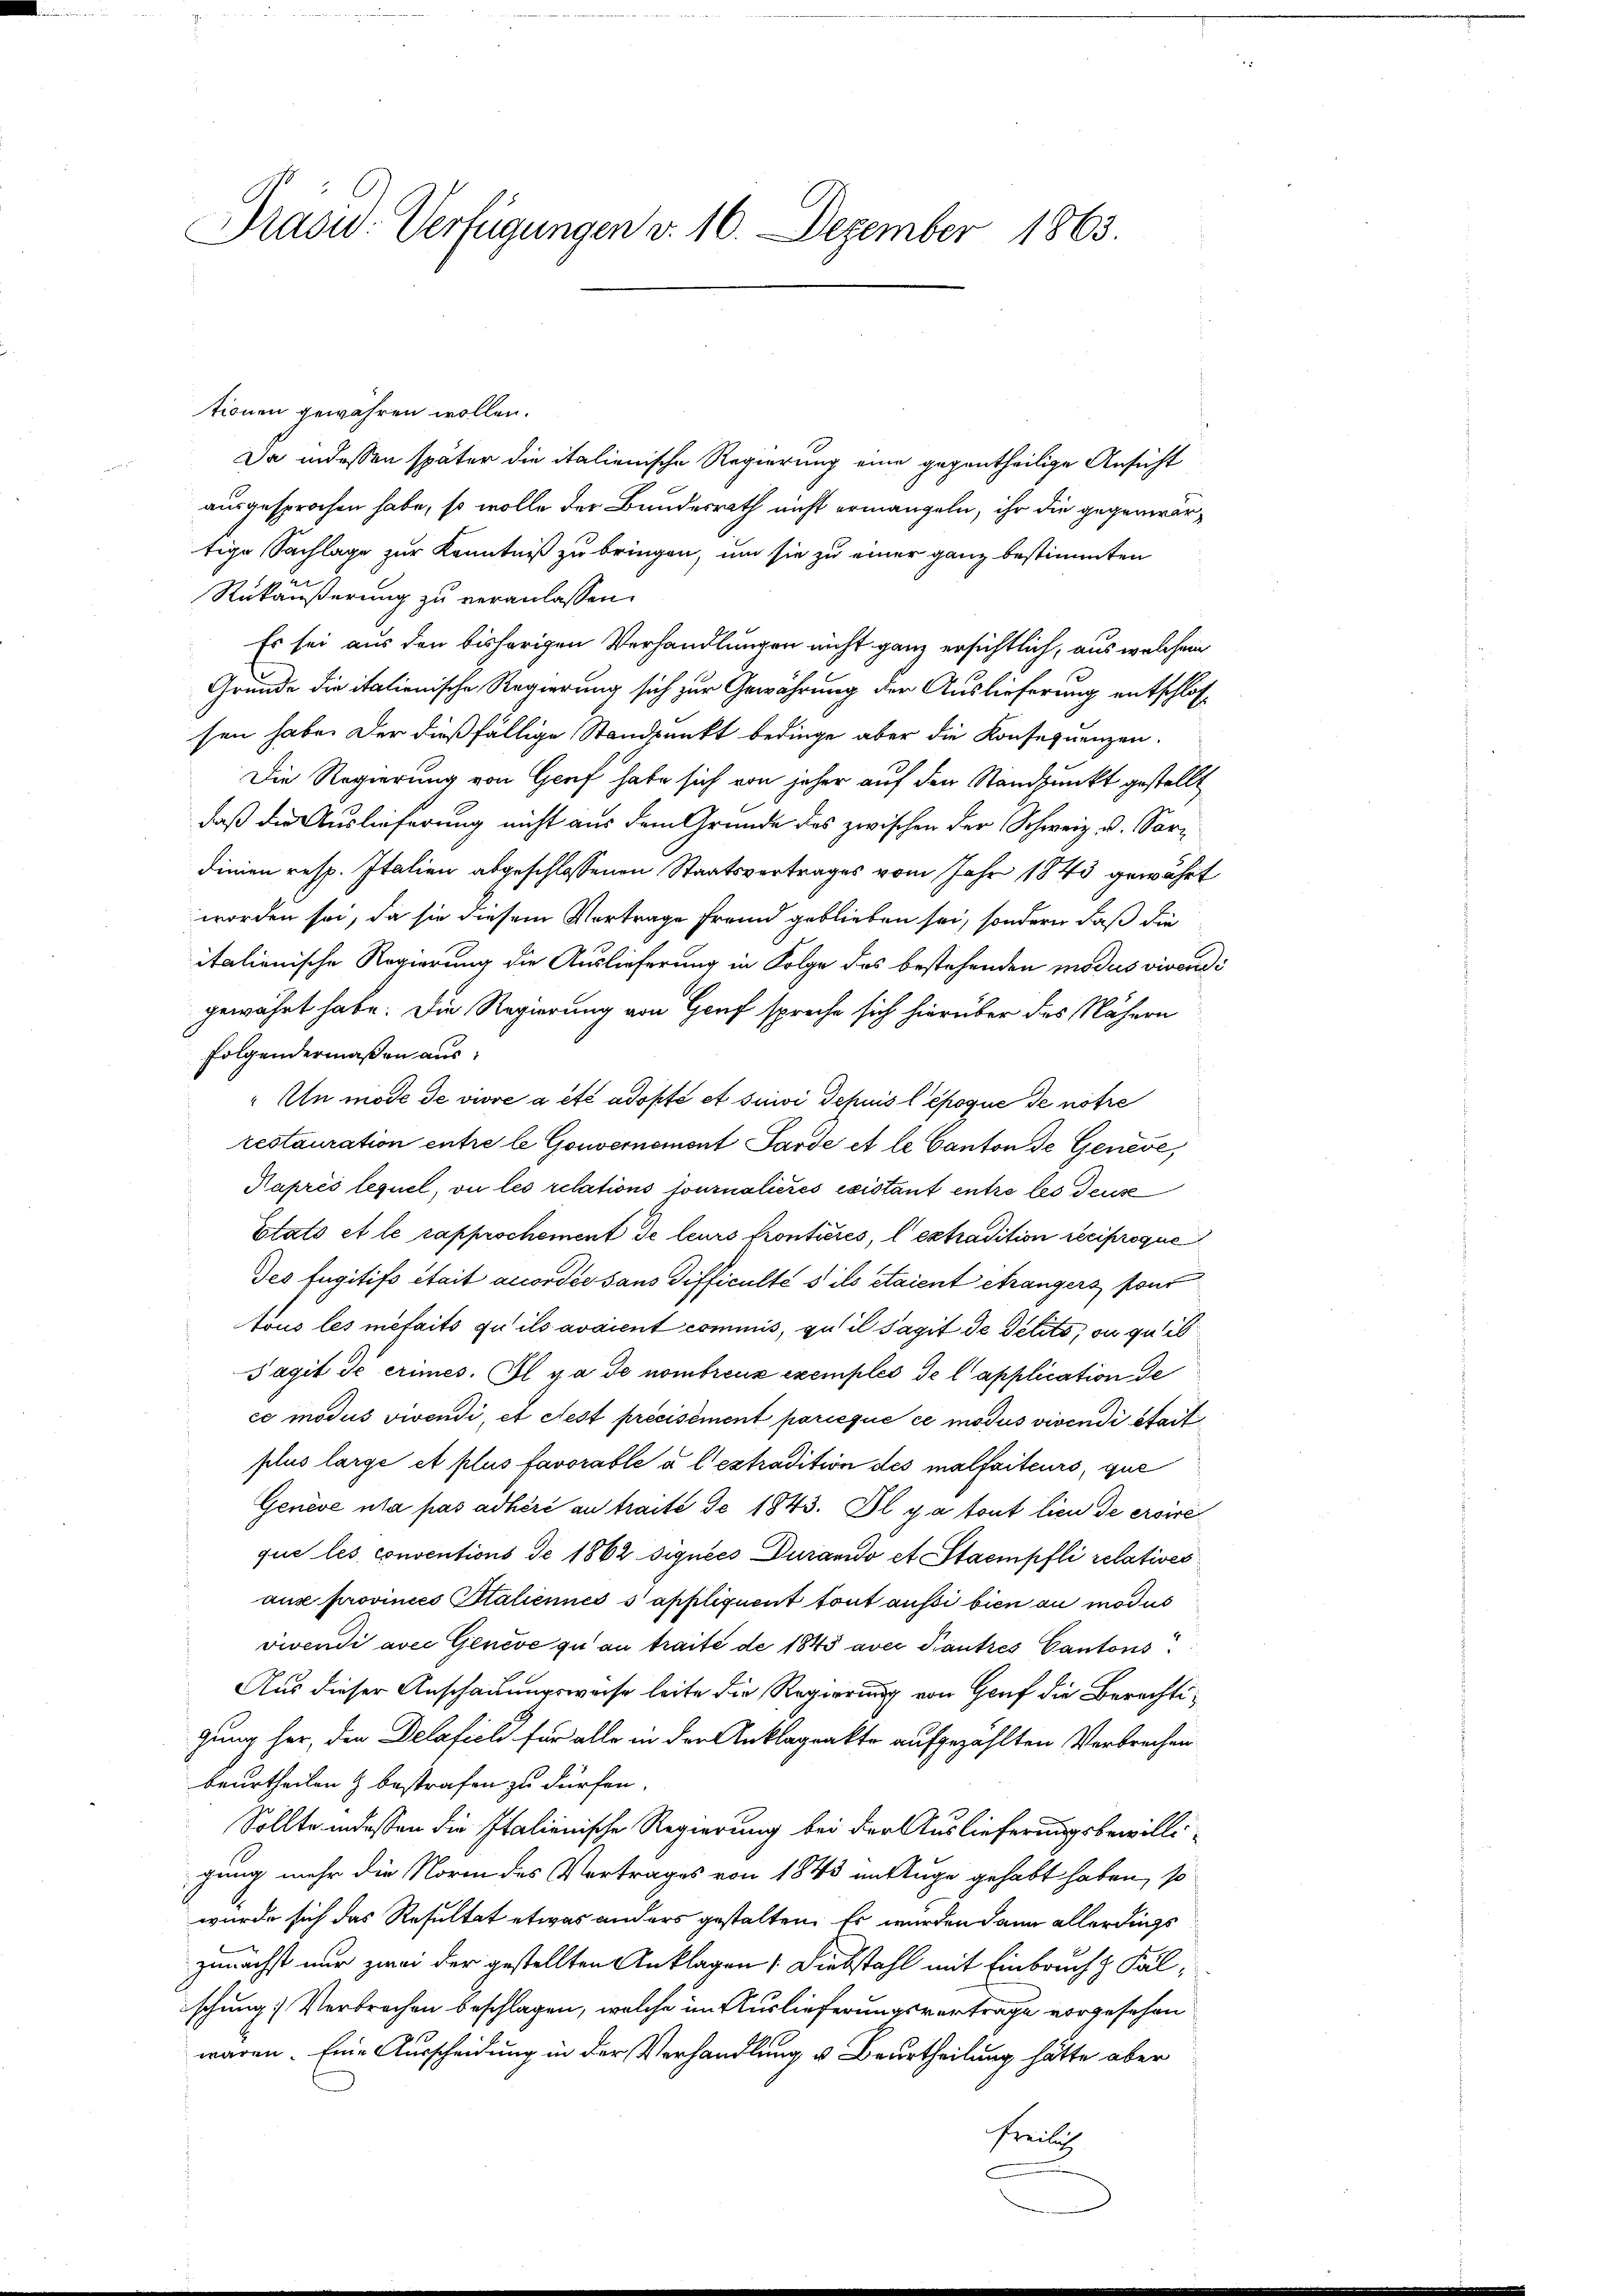
Präsid. Verfügungen v. 16. Dezember 1863.

tionen gewähren wollen.
Da indessen später die italienische Regierung eine gegentheilige Ansicht
ausgesprochen habe, so wolle der Bundesrath nicht ermangeln, ihr die gegenwärtige Sachlage zur Kenntniß zu bringen, um sie zu einer ganz bestimmten
Rükäußerung zu veranlassen.
Es sei aus den bisherigen Verhandlungen nicht ganz ersichtlich, aus welchem
Gründe die italienische Regierung sich zur Gewährung der Auslieferung entschlossen habe. Der dießfällige Standpunkt bedinge aber die Konsequenzen.
Die Regierung von Genf habe sich von jeher auf den Standpunkt gestellt
daß die Auslieferung nicht aus dem Grunde des zwischen der Schweiz u. Sardinien resp. Italien abgeschlossenen Staatsvertrages vom Jahr 1843 gewährt
worden sei, da sie diesem Vortrage fremd geblieben sei, sondern daß die
italienische Regierung die Auslieferung in Folge des bestehenden modus vivendi
gewährt habe. Die Regierung von Genf spreche sich hierüber des Nähern
folgendermaßen aus:
"Un mode de vivre a été adopté et suivi depuis l époque de notre
restauration entre le Gouvernement Sarde et le Canton de Genève,
Kaprès lequel, ou les relations tournalieres existant entre les deus
Etato et le rapprochement de leurs fronticres, l extradition reciproque
Des fugitifs était accordée sans difficulté s ils étaient étrangers font
tous les metaits qu ils avaient commis, quil Sagit de Petito, ou quib
Tagit de crimes. Il y a de nombreuz exemples de lapplication de
ce modus vivendi, et cest précisément parieque ce modus vivendi stait
plus large et plus favorable à l’extradition des malfaiteurs, que
Genève uta pas adhéré au traite de 1843. Il y a tout lieu de ersire
que les conventions de 1862 signées Durando et Staempfli relatives
ause provines Staliennes s appliquent tout aussi bien au modus
vivendi avec Genève zu an traité de 1845 aver Kautres Cantons¬
Aus dieser Anschauungsweise leite die Regierung von Genf die Berechtigung her, den Delafich für alle in der Anklagenkte aufgezählten Verbrechen
beurtheilen & bestrafen zu dürfen.
Sollte indessen die Italienische Regierung bei der Auslieferungsbewilligung mehr die Norm des Vertrages von 1843 in Auge gehabt haben, so
wurde sich das Resultat etwas anders gestalten. Es wurden dann allerdings
zunächst nur zwei der gestellten Anklagen: Diebstahl mit Einbruch z. Falischung Verbrechen beschlagen, welche im Auslieferungsvertrage vorgesehen
waren. Eine Ausscheidung in der Verhandlung u. Beurtheilung hätte aber
Freilich